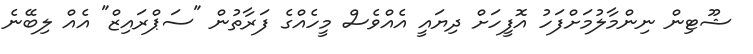
ޝޫޓިން ނިންމާލުމަށްފަހު އޮފީހަށް ދިޔައީ އެއްވެސް މީހެއްގެ ފަރާތުން "ސަޕްރައިޒް" އެއް ލިބޭނެ